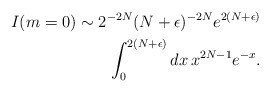
\begin{align*}I(m=0) \sim 2^{-2N} (N + \epsilon)^{-2N} e^{2(N+\epsilon)}\\ \int^{2(N+\epsilon)}_0 dx \, x^{2N-1} e^{-x}.\end{align*}